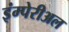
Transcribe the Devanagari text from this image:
इंम्पेरीअल